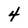
Character: 4